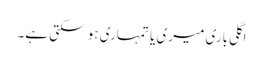
اگلی باری میری یا تمہاری ہو سکتی ہے۔